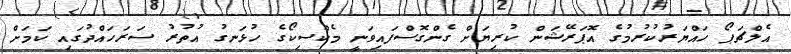
އެލްޗަޕޯ ހައްޔަރުކުރުމުގެ އޮޕަރޭޝަން ކުރިޔަށް ގެންގޮސްފައިވަނީ މެކްސިކޯގެ ހުޅަނގު އުތުރު ސަރަހައްދުގައި ކަމަށް